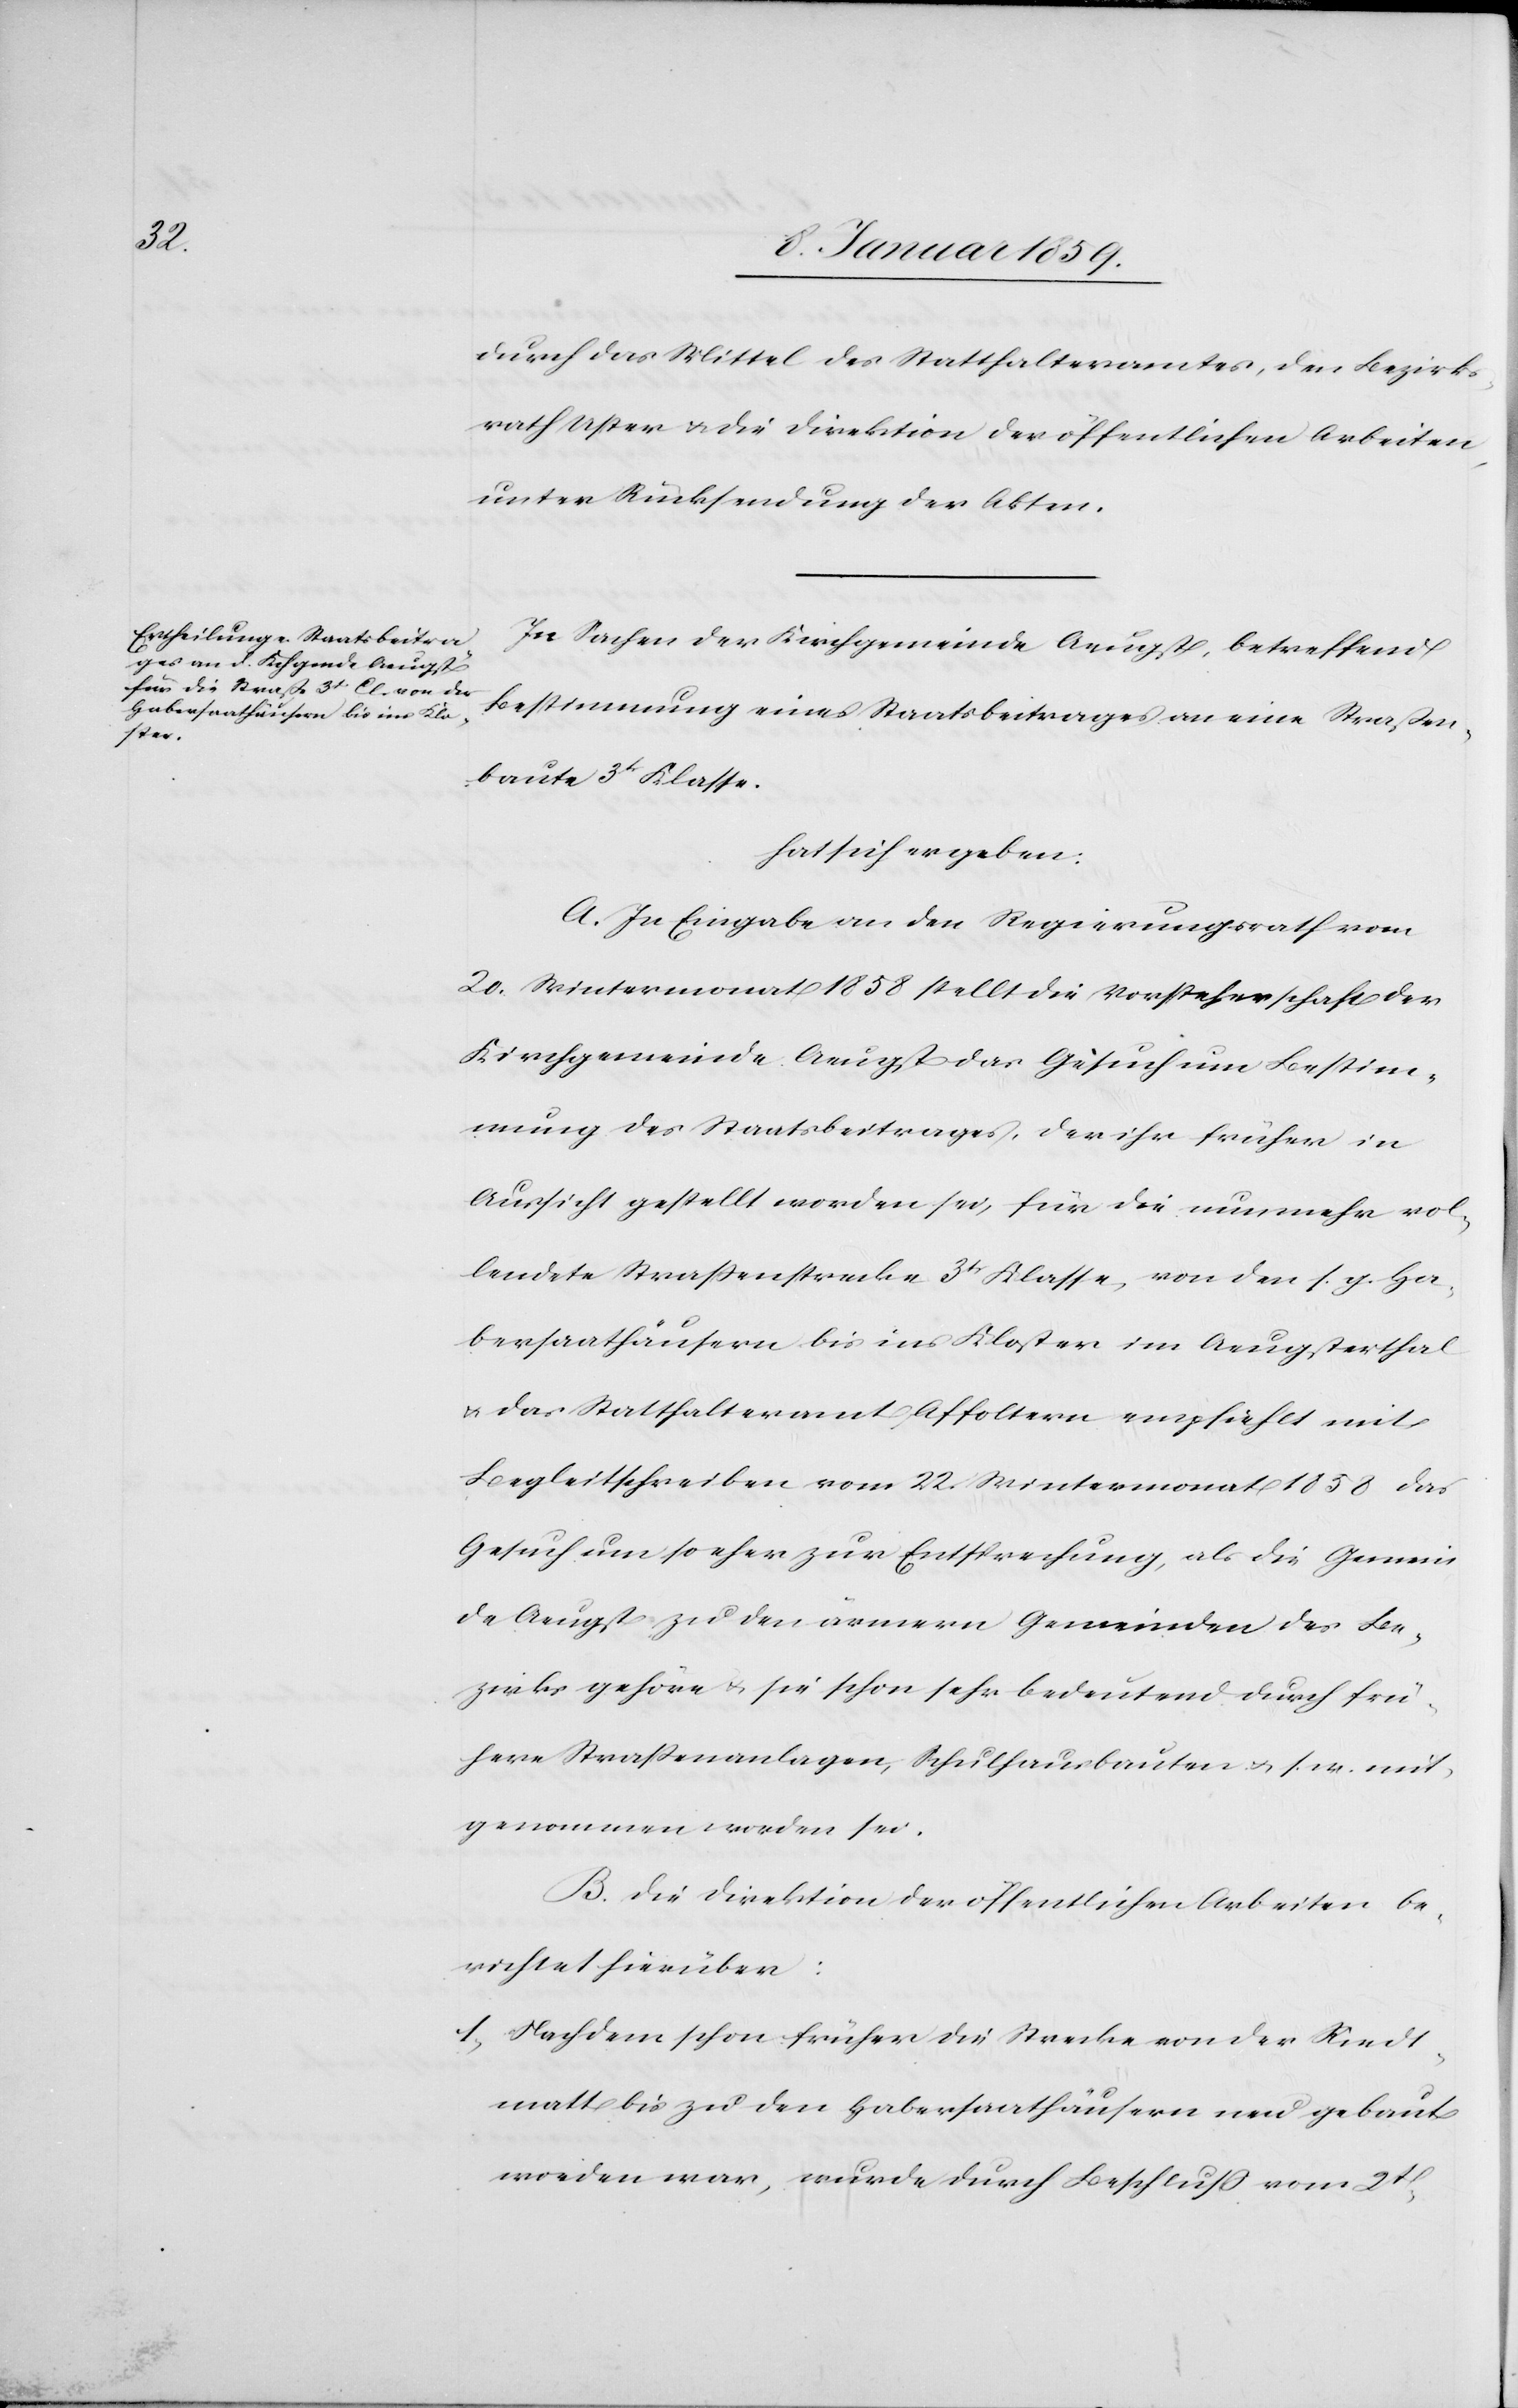
durch das Mittel des Statthalteramtes, den Bezirks¬
rath Uster u. die Direktion der öffentlichen Arbeiten,
unter Rücksendung der Akten.
In Sachen der Kirchgemeinde Aeugst, betreffend
Bestimmung eines Staatsbeitrages an eine Straßen¬
baute 3tr. Klasse.
hat sich ergeben:
A. In Eingabe an den Regierungsrath vom
20. Wintermonat 1858 stellt die Vorsteherschaft der
Kirchgemeinde Aeugst das Gesuch um Bestim¬
mung des Staatsbeitrages, der ihr früher in
Aussicht gestellt worden sei, für die nunmehr vol¬
lendete Straßenstrecke 3tr. Klasse, von den s. g. Ha¬
bersaathäusern bis ins Kloster im Aeugsterthal
u. das Statthalteramt Affoltern empfiehlt mit
Begleitschreiben vom 22. Wintermonat 1858 das
Gesuch um so eher zur Entsprechung, als die Gemein¬
de Aeugst zu den ärmern Gemeinden des Be¬
zirks gehöre u. sie schon sehr bedeutend durch frü¬
here Straßenanlagen, Schulhausbauten u.s.w. mit¬
genommen worden sei.
B. Die Direktion der öffentlichen Arbeiten be¬
richtet hierüber:
1. Nachdem schon früher die Strecke von der Riedt¬
matt bis zu den Habersaathäusern neu gebaut
worden war, wurde durch Beschluß vom 2t.